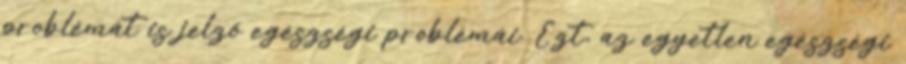
problémát is jelzõ egészségi problémái. Ezt, az egyetlen egészségi